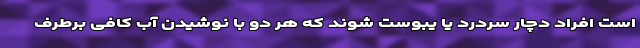
است افراد دچار سردرد یا یبوست شوند که هر دو با نوشیدن آب کافی برطرف